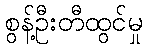
စွန့်ဦးတီထွင်မှု